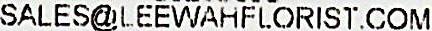
SALES@LEEWAHFLORIST.COM